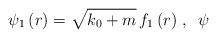
LaTeX: \begin{align*}\psi _{1}\left( r\right) =\sqrt{k_{0}+m}\,f_{1}\left( r\right) \,,\,\,\,\psi\end{align*}